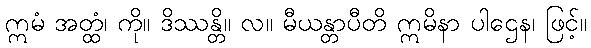
ဣမံ အတ္ထံ၊ ကို။ ဒိဿန္တိ။ လ။ မီယန္တာပီတိ ဣမိနာ ပါဌေန၊ ဖြင့်။